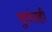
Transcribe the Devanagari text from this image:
गुरांनाही